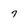
Character: 7